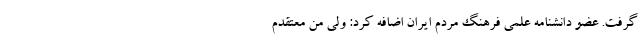
گرفت. عضو دانشنامه علمی فرهنگ مردم ایران اضافه کرد: ولی من معتقدم